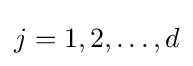
j=1,2,\ldots ,d